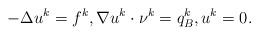
LaTeX: \begin{align*} - \Delta u^k = f^k, \nabla u^k \cdot {\nu}^k = q_B^k, u^k = 0. \end{align*}